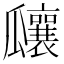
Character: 𤬞